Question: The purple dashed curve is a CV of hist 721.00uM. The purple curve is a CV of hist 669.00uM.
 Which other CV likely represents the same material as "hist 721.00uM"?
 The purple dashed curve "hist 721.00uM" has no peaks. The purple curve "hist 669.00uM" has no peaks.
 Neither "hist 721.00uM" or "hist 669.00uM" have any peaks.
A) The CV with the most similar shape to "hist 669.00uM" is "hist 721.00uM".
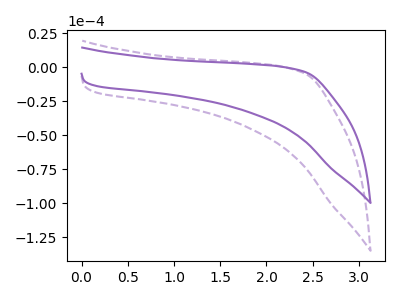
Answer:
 <answer>A) The CV with the most similar shape to "hist 669.00uM" is "hist 721.00uM".</answer>
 <eval>A</eval>